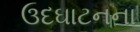
ઉદઘાટનના